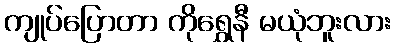
ကျုပ်ပြောတာ ကိုရွှေနီ မယုံဘူးလား